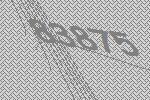
83875